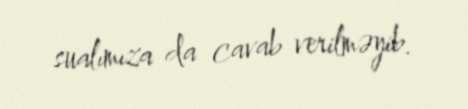
sualımıza da cavab verilməyib.